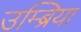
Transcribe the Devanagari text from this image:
उम्ब्रिया